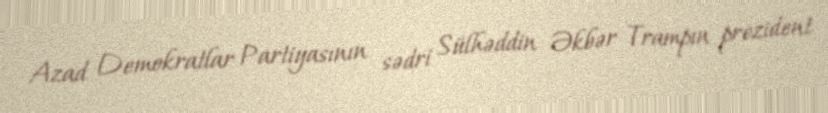
Azad Demokratlar Partiyasının sədri Sülhəddin Əkbər Trampın prezident